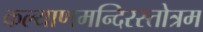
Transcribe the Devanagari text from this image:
कल्याणमन्दिरस्तोत्रम